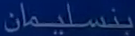
بتسليمان